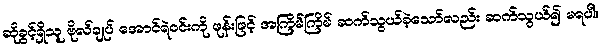
ဆိုခွင့်ရှိသူ ဗိုလ်ချုပ် အောင်ရဲဝင်းကို ဖုန်းဖြင့် အကြိမ်ကြိမ် ဆက်သွယ်ခဲ့သော်လည်း ဆက်သွယ်၍ မရပါ။